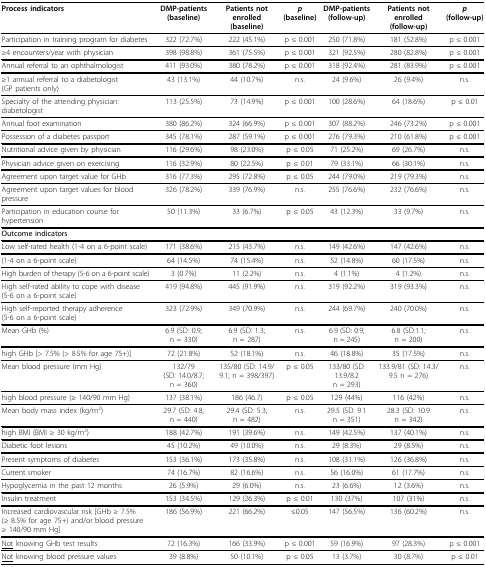
<table><thead><tr><td><b>Process indicators</b></td><td><b>DMP-patients (baseline)</b></td><td><b>Patients not enrolled (baseline)</b></td><td><b><i>p </i>(baseline)</b></td><td><b>DMP-patients (follow-up)</b></td><td><b>Patients not enrolled (follow-up)</b></td><td><b><i>p </i>(follow-up)</b></td></tr></thead><tbody><tr><td>Participation in training program for diabetes</td><td>322 (72.7%)</td><td>222 (45.1%)</td><td>p ≤ 0.001</td><td>250 (71.8%)</td><td>181 (52.8%)</td><td>p ≤ 0.001</td></tr><tr><td>≥4 encounters/year with physician</td><td>398 (98.8%)</td><td>361 (75.5%)</td><td>p ≤ 0.001</td><td>321 (92.5%)</td><td>280 (82.8%)</td><td>p ≤ 0.001</td></tr><tr><td>Annual referral to an ophthalmologist</td><td>411 (93.0%)</td><td>380 (78.2%)</td><td>p ≤ 0.001</td><td>318 (92.4%)</td><td>281 (83.9%)</td><td>p ≤ 0.001</td></tr><tr><td>≥1 annual referral to a diabetologist (GP patients only)</td><td>43 (13.1%)</td><td>44 (10.7%)</td><td>n.s.</td><td>24 (9.6%)</td><td>26 (9.4%)</td><td>n.s.</td></tr><tr><td>Specialty of the attending physician: diabetologist</td><td>113 (25.5%)</td><td>73 (14.9%)</td><td>p ≤ 0.001</td><td>100 (28.6%)</td><td>64 (18.6%)</td><td>p ≤ 0.01</td></tr><tr><td>Annual foot examination</td><td>380 (86.2%)</td><td>324 (66.9%)</td><td>p ≤ 0.001</td><td>307 (88.2%)</td><td>246 (73.2%)</td><td>p ≤ 0.001</td></tr><tr><td>Possession of a diabetes passport</td><td>345 (78.1%)</td><td>287 (59.1%)</td><td>p ≤ 0.001</td><td>276 (79.3%)</td><td>210 (61.8%)</td><td>p ≤ 0.001</td></tr><tr><td>Nutritional advice given by physician</td><td>116 (29.6%)</td><td>98 (23.0%)</td><td>p ≤ 0.05</td><td>71 (25.2%)</td><td>69 (26.7%)</td><td>n.s.</td></tr><tr><td>Physician advice given on exercising</td><td>116 (32.9%)</td><td>80 (22.5%)</td><td>p ≤ 0.01</td><td>79 (33.1%)</td><td>66 (30.1%)</td><td>n.s.</td></tr><tr><td>Agreement upon target value for GHb</td><td>316 (77.3%)</td><td>295 (72.8%)</td><td>p ≤ 0.05</td><td>244 (79.0%)</td><td>219 (79.3%)</td><td>n.s.</td></tr><tr><td>Agreement upon target values for blood pressure</td><td>326 (78.2%)</td><td>339 (76.9%)</td><td>n.s.</td><td>255 (76.6%)</td><td>232 (76.6%)</td><td>n.s.</td></tr><tr><td>Participation in education course for hypertension</td><td>50 (11.3%)</td><td>33 (6.7%)</td><td>p ≤ 0.05</td><td>43 (12.3%)</td><td>33 (9.7%)</td><td>n.s.</td></tr><tr><td colspan="7"><b>Outcome indicators</b></td></tr><tr><td>Low self-rated health (1-4 on a 6-point scale)</td><td>171 (38.6%)</td><td>215 (43.7%)</td><td>n.s.</td><td>149 (42.6%)</td><td>147 (42.6%)</td><td>n.s.</td></tr><tr><td>(1-4 on a 6-point scale)</td><td>64 (14.5%)</td><td>74 (15.4%)</td><td>n.s.</td><td>52 (14.8%)</td><td>60 (17.5%)</td><td>n.s.</td></tr><tr><td>High burden of therapy (5-6 on a 6-point scale)</td><td>3 (0.7%)</td><td>11 (2.2%)</td><td>n.s.</td><td>4 (1.1%)</td><td>4 (1.2%)</td><td>n.s.</td></tr><tr><td>High self-rated ability to cope with disease (5-6 on a 6-point scale)</td><td>419 (94.8%)</td><td>445 (91.9%)</td><td>n.s.</td><td>319 (92.2%)</td><td>319 (93.3%)</td><td>n.s.</td></tr><tr><td>High self-reported therapy adherence (5-6 on a 6-point scale)</td><td>323 (72.9%)</td><td>349 (70.9%)</td><td>n.s.</td><td>244 (69.7%)</td><td>240 (70.0%)</td><td>n.s.</td></tr><tr><td>Mean GHb (%)</td><td>6.9 (SD: 0.9; n = 330)</td><td>6.9 (SD: 1.3; n = 287)</td><td>n.s.</td><td>6.9 (SD: 0.9; n = 245)</td><td>6.8 (SD:1.1; n = 200)</td><td>n.s.</td></tr><tr><td>high GHb [&gt; 7.5% (&gt; 8.5% for age 75+)]</td><td>72 (21.8%)</td><td>52 (18.1%)</td><td>n.s.</td><td>46 (18.8%)</td><td>35 (17.5%)</td><td>n.s.</td></tr><tr><td>Mean blood pressure (mm Hg)</td><td>132/79 (SD: 14.0/8.7; n = 360)</td><td>135/80 (SD: 14.9/9.1; n = 398/397)</td><td>p ≤ 0.05</td><td>133/80 (SD: 13.9/8.2 n = 293)</td><td>133.9/81 (SD: 14.3/9.5 n = 276)</td><td>n.s.</td></tr><tr><td>high blood pressure (≥ 140/90 mm Hg)</td><td>137 (38.1%)</td><td>186 (46.7)</td><td>p ≤ 0.05</td><td>129 (44%)</td><td>116 (42%)</td><td>n.s.</td></tr><tr><td>Mean body mass index (kg/m<sup>2</sup>)</td><td>29.7 (SD: 4.8; n = 440)</td><td>29.4 (SD: 5.3; n = 482)</td><td>n.s.</td><td>29.5 (SD: 9.1 n = 351)</td><td>28.3 (SD: 10.9 n = 342)</td><td>n.s.</td></tr><tr><td>high BMI (BMI ≥ 30 kg/m<sup>2</sup>)</td><td>188 (42.7%)</td><td>191 (39.6%)</td><td>n.s.</td><td>149 (42.5%)</td><td>137 (40.1%)</td><td>n.s.</td></tr><tr><td>Diabetic foot lesions</td><td>45 (10.2%)</td><td>49 (10.0%)</td><td>n.s.</td><td>29 (8.3%)</td><td>29 (8.5%)</td><td>n.s.</td></tr><tr><td>Present symptoms of diabetes</td><td>153 (36.1%)</td><td>173 (35.8%)</td><td>n.s.</td><td>108 (31.1%)</td><td>126 (36.8%)</td><td>n.s.</td></tr><tr><td>Current smoker</td><td>74 (16.7%)</td><td>82 (16.6%)</td><td>n.s.</td><td>56 (16.0%)</td><td>61 (17.7%)</td><td>n.s.</td></tr><tr><td>Hypoglycemia in the past 12 months</td><td>26 (5.9%)</td><td>29 (6.0%)</td><td>n.s.</td><td>23 (6.6%)</td><td>12 (3.6%)</td><td>n.s.</td></tr><tr><td>Insulin treatment</td><td>153 (34.5%)</td><td>129 (26.3%)</td><td>p ≤ 0.01</td><td>130 (37%)</td><td>107 (31%)</td><td>n.s.</td></tr><tr><td>Increased cardiovascular risk [GHb ≥ 7.5% (≥ 8.5% for age 75+) and/or blood pressure ≥ 140/90 mm Hg]</td><td>186 (56.9%)</td><td>221 (66.2%)</td><td>≤0.05</td><td>147 (56.5%)</td><td>136 (60.2%)</td><td>n.s.</td></tr><tr><td><underline>Not</underline> knowing GHb test results</td><td>72 (16.3%)</td><td>166 (33.9%)</td><td>p ≤ 0.001</td><td>59 (16.9%)</td><td>97 (28.3%)</td><td>p ≤ 0.001</td></tr><tr><td><underline>Not</underline> knowing blood pressure values</td><td>39 (8.8%)</td><td>50 (10.1%)</td><td>p ≤ 0.05</td><td>13 (3.7%)</td><td>30 (8.7%)</td><td>p ≤ 0.01</td></tr></tbody></table>